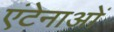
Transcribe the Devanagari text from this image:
एंटेनाओं